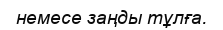
немесе заңды тұлға.